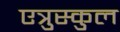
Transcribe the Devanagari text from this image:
एत्रुस्कुल